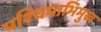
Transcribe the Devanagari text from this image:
पश्‍चिमाभिमुख